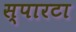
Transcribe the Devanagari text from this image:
स्पारटा